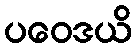
ပဝေဒယိ